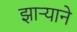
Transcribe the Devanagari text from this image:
झाऱ्याने